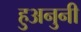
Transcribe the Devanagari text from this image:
हुअनुनी